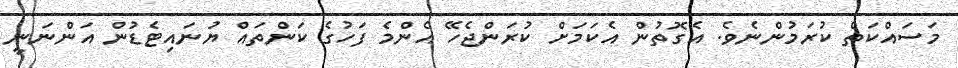
މަސައްކަތް ކުރަމުންނެވެ. އެގޮތުން އެކަމަށް ކުރަންޖެހޭ އެންމެ ފަހުގެ ކަންތައް ޔުނައިޓެޑުން އަންނަނީ